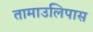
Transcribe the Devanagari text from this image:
तामाउलिपास